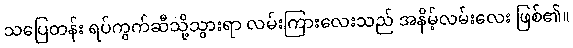
သပြေတန်း ရပ်ကွက်ဆီသို့သွားရာ လမ်းကြားလေးသည် အနိမ့်လမ်းလေး ဖြစ်၏။